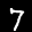
Label: 7